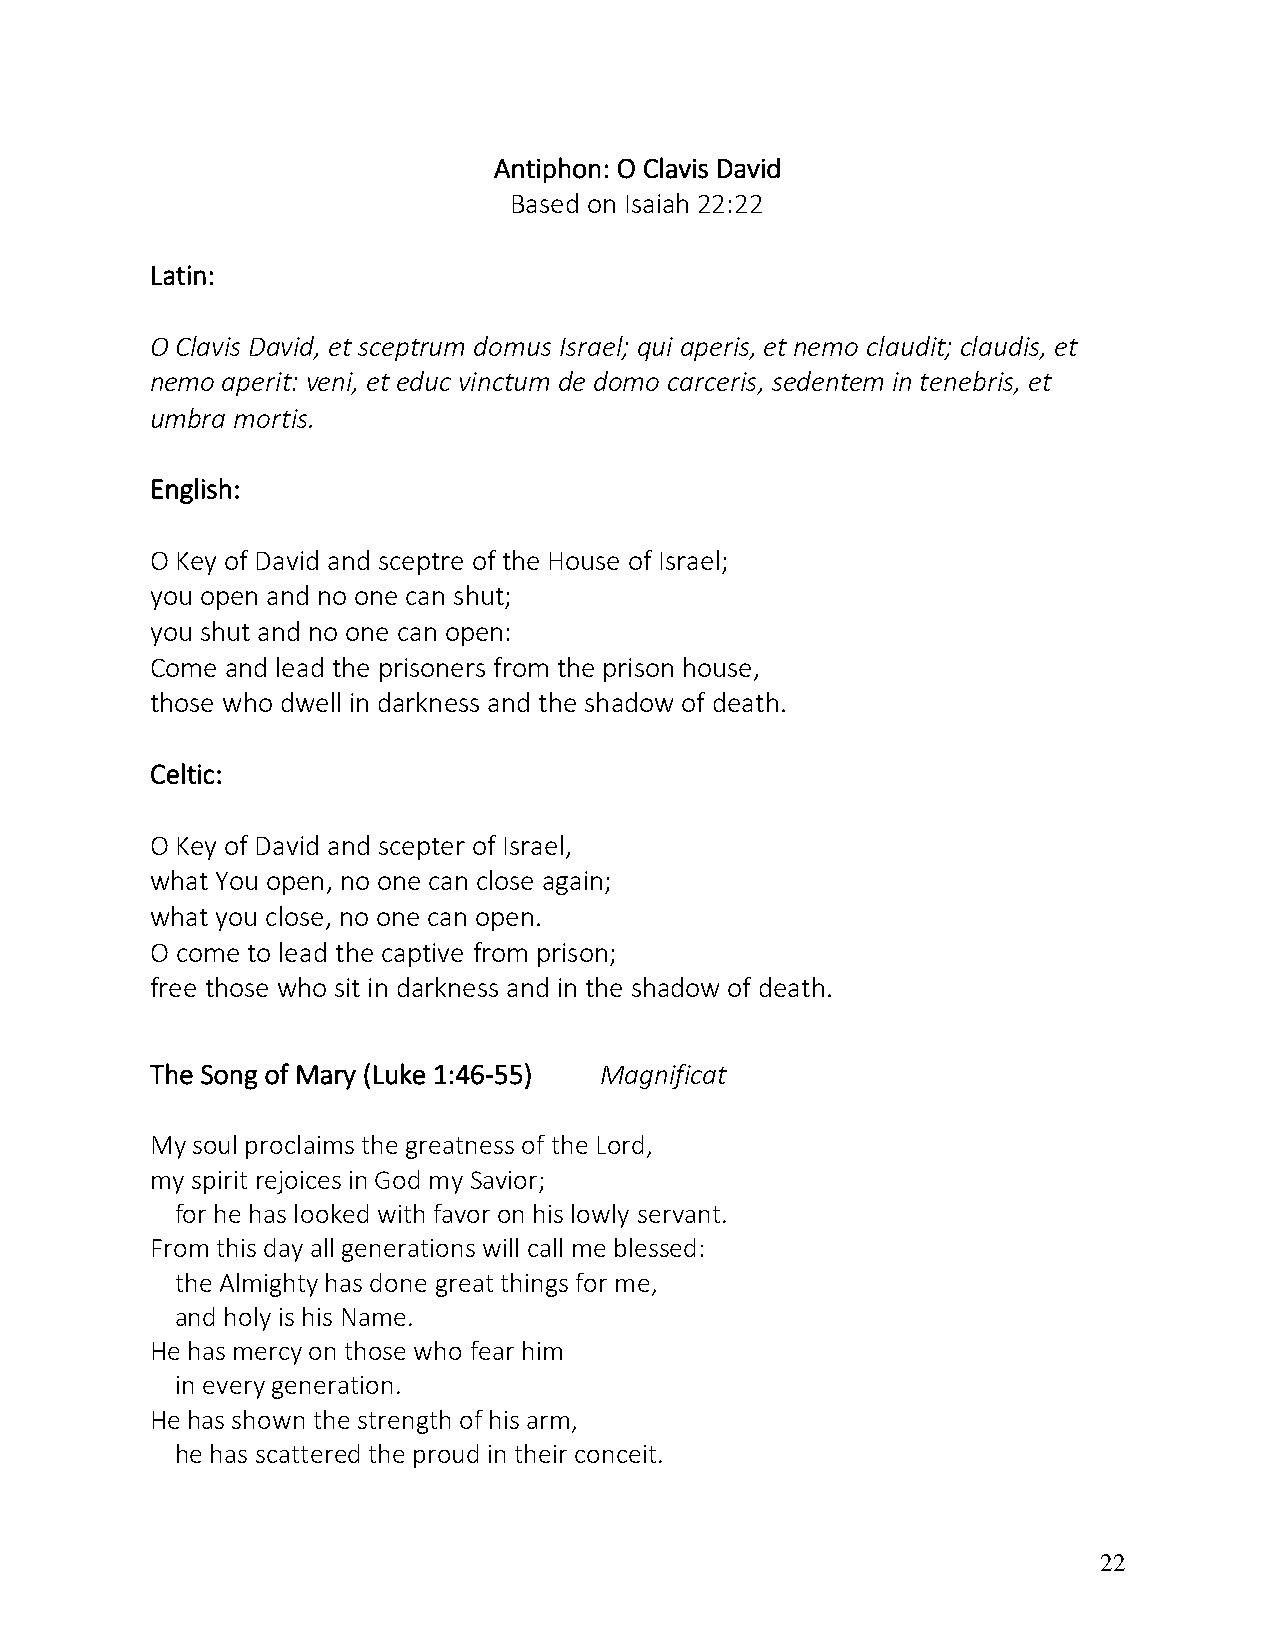
Antiphon: O Clavis David
 Based on Isaiah 22:22
 Latin:
 O Clavis David, et sceptrum domus Israel; qui aperis, et nemo claudit; claudis, et
 nemo aperit: veni, et educ vinctum de domo carceris, sedentem in tenebris, et
 umbra mortis.
 English:
 O Key of David and sceptre of the House of Israel;
 you open and no one can shut;
 you shut and no one can open:
 Come and lead the prisoners from the prison house,
 those who dwell in darkness and the shadow of death.
 Celtic:
 O Key of David and scepter of Israel,
 what You open, no one can close again;
 what you close, no one can open.
 O come to lead the captive from prison;
 free those who sit in darkness and in the shadow of death.
 The Song of Mary (Luke 1:46-55) Magnificat
 My soul proclaims the greatness of the Lord,
 my spirit rejoices in God my Savior;
 for he has looked with favor on his lowly servant.
 From this day all generations will call me blessed:
 the Almighty has done great things for me,
 and holy is his Name.
 He has mercy on those who fear him
 in every generation.
 He has shown the strength of his arm,
 he has scattered the proud in their conceit.
 22